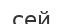
сей